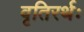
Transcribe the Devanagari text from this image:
वृतिरर्थः